Report of an investigation into the causes of malaria in Bombay and the measures necessary for its control
Disease focus: Malaria
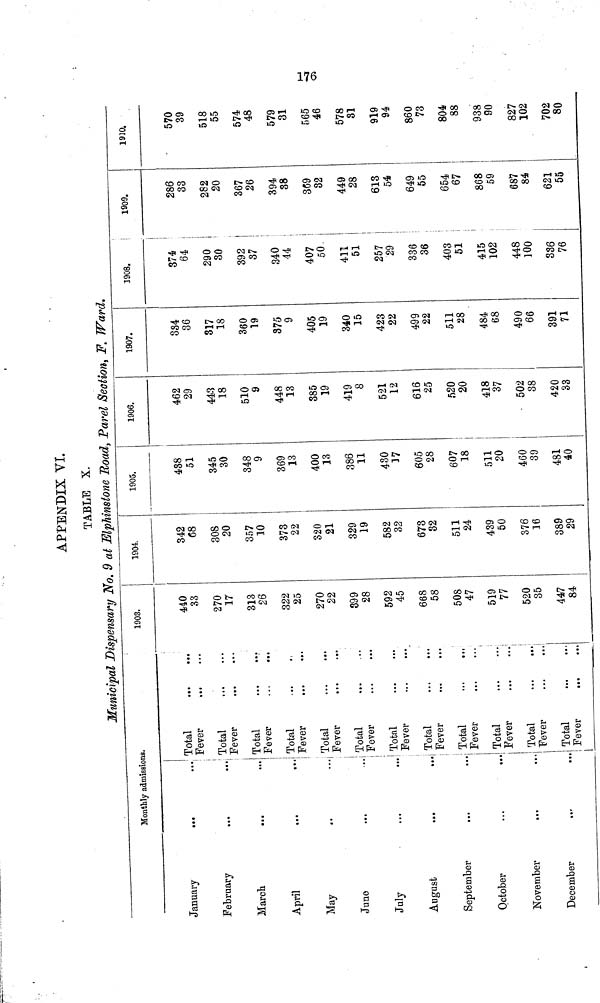
176
APPENDIX VI.
TABLE X.
Municipal Dispensary No. 9 at Elphinstone Road, Parel Section, F. Ward.
Monthly admissions.
January
...
February
...
March
April
May
June
...
July
August
...
...
September
October
...
...
November
December
Total
' Fever
Total
! Fever
Total
! Fever
Total
Fever
Total
Fever
Total
Fever
Total
Fever
Total
Fever
Total
Fever
Total
Fever
Total
Fever
Total
Fever
1903.
440
33
270
17
313
26
322
25
270
22
399
28
592
45
668
58
508
47
519
77
520
35
447
84
1904.
342
68
308
20
357
10
373
22
320
21
329
19
582
32
673
82
511
24
439
50
376
16
389
29
1905.
438
51
345
30
348
9
369
13
400
13
386
11
430
17
605
28
607
18
511
20
460
39
481
40
1906.
462
29
443
18
510
9
448
13
385
19
419
8
521
12
616
25
520
20
418
37
- 502
38
420
33
1907.
334
36
317
18
360
19
375
9
405
19
340
15
423
22
499
22
511
28
484
68
490
66
391
71
1908.
374
64
290
30
392
37
340
44
407
50.
411
51
257
29
336
36
403
51
415
102
448
]00
336
76
!
1909.
286
;
33
282
20
367
26
394
38
369
32
449
28
613
54
649
55
654
67
868
59
687
84
621
55
19]0.
570
39
518
55
574
48
579
31
565
46
578
31
919
94
860
73
804
88
938
90
827
102
702
80